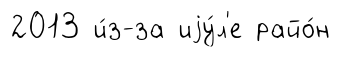
2013 и́з-за иjу́л'е райо́н